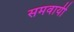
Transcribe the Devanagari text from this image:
समवायी